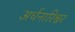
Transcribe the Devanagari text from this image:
अर्धनारिश्वर